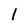
Character: l